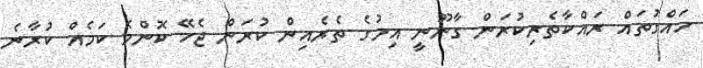
ހައްގުތައް ރައްކާތެރިކުރަން ގާނޫނީ އިމުގެ ތެރެއިން ކުރަން ޖެހޭ ކޮންމެ ކަމެއް ކުރާނެ